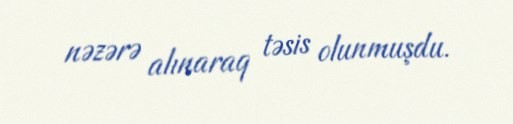
nəzərə alınaraq təsis olunmuşdu.